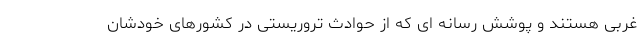
غربی هستند و پوشش رسانه ای که از حوادث تروریستی در کشورهای خودشان